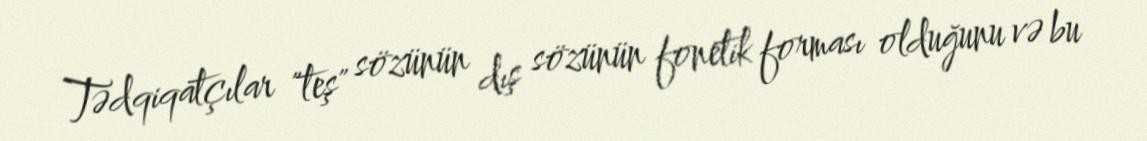
Tədqiqatçılar "teş" sözünün dış sözünün fonetik forması olduğunu və bu